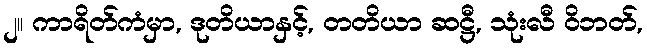
၂။ ကာရိတ်ကံမှာ, ဒုတိယာနှင့်, တတိယာ ဆဋ္ဌီ, သုံးလီ ဝိဘတ်,